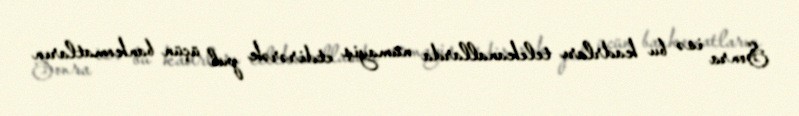
Sonra isə bu kadrları telekanallarda nümayiş etdirərək pul üçün bankomatların